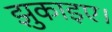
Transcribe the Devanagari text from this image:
झुकाइए।